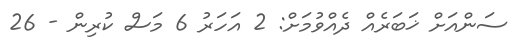
ސަންއަށް ޚަބަރެއް ދެއްވުމަށް: 2 އަހަރު 6 މަސް ކުރިން - 26